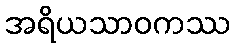
အရိယသာဝကဿ